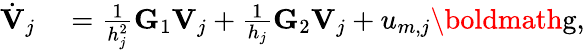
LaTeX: \begin{array}{rl}{\dot{\mathbf{V}}_{j}}&{{}=\frac{1}{h_{j}^{2}}\mathbf{G}_{1}\mathbf{V}_{j}+\frac{1}{h_{j}}\mathbf{G}_{2}\mathbf{V}_{j}+u_{m,j}\textrm{\boldmath{g}},}\end{array}